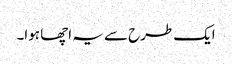
ایک طرح سے یہ اچھا ہوا۔